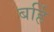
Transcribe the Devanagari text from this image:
बर्हि